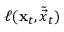
\ell ( \mathbf { x } _ { t } , \tilde { \vec { x } } _ { t } )